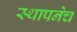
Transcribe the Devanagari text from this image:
स्थापनेच